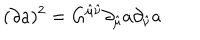
LaTeX: ( \partial a ) ^ { 2 } = G ^ { \hat { \mu } \hat { \nu } } \partial _ { \hat { \mu } } a \partial _ { \hat { \nu } } a